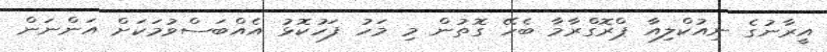
އީރާނުގެ ނިއުކްލިއާ ޕްރޮގްރާމާ ބެހޭ ގޮތުން މި މަހު ފަހުކޮޅު އެއްބަސްވުމަކަށް އަންނަން